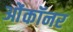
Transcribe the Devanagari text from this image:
ओंकॉनर